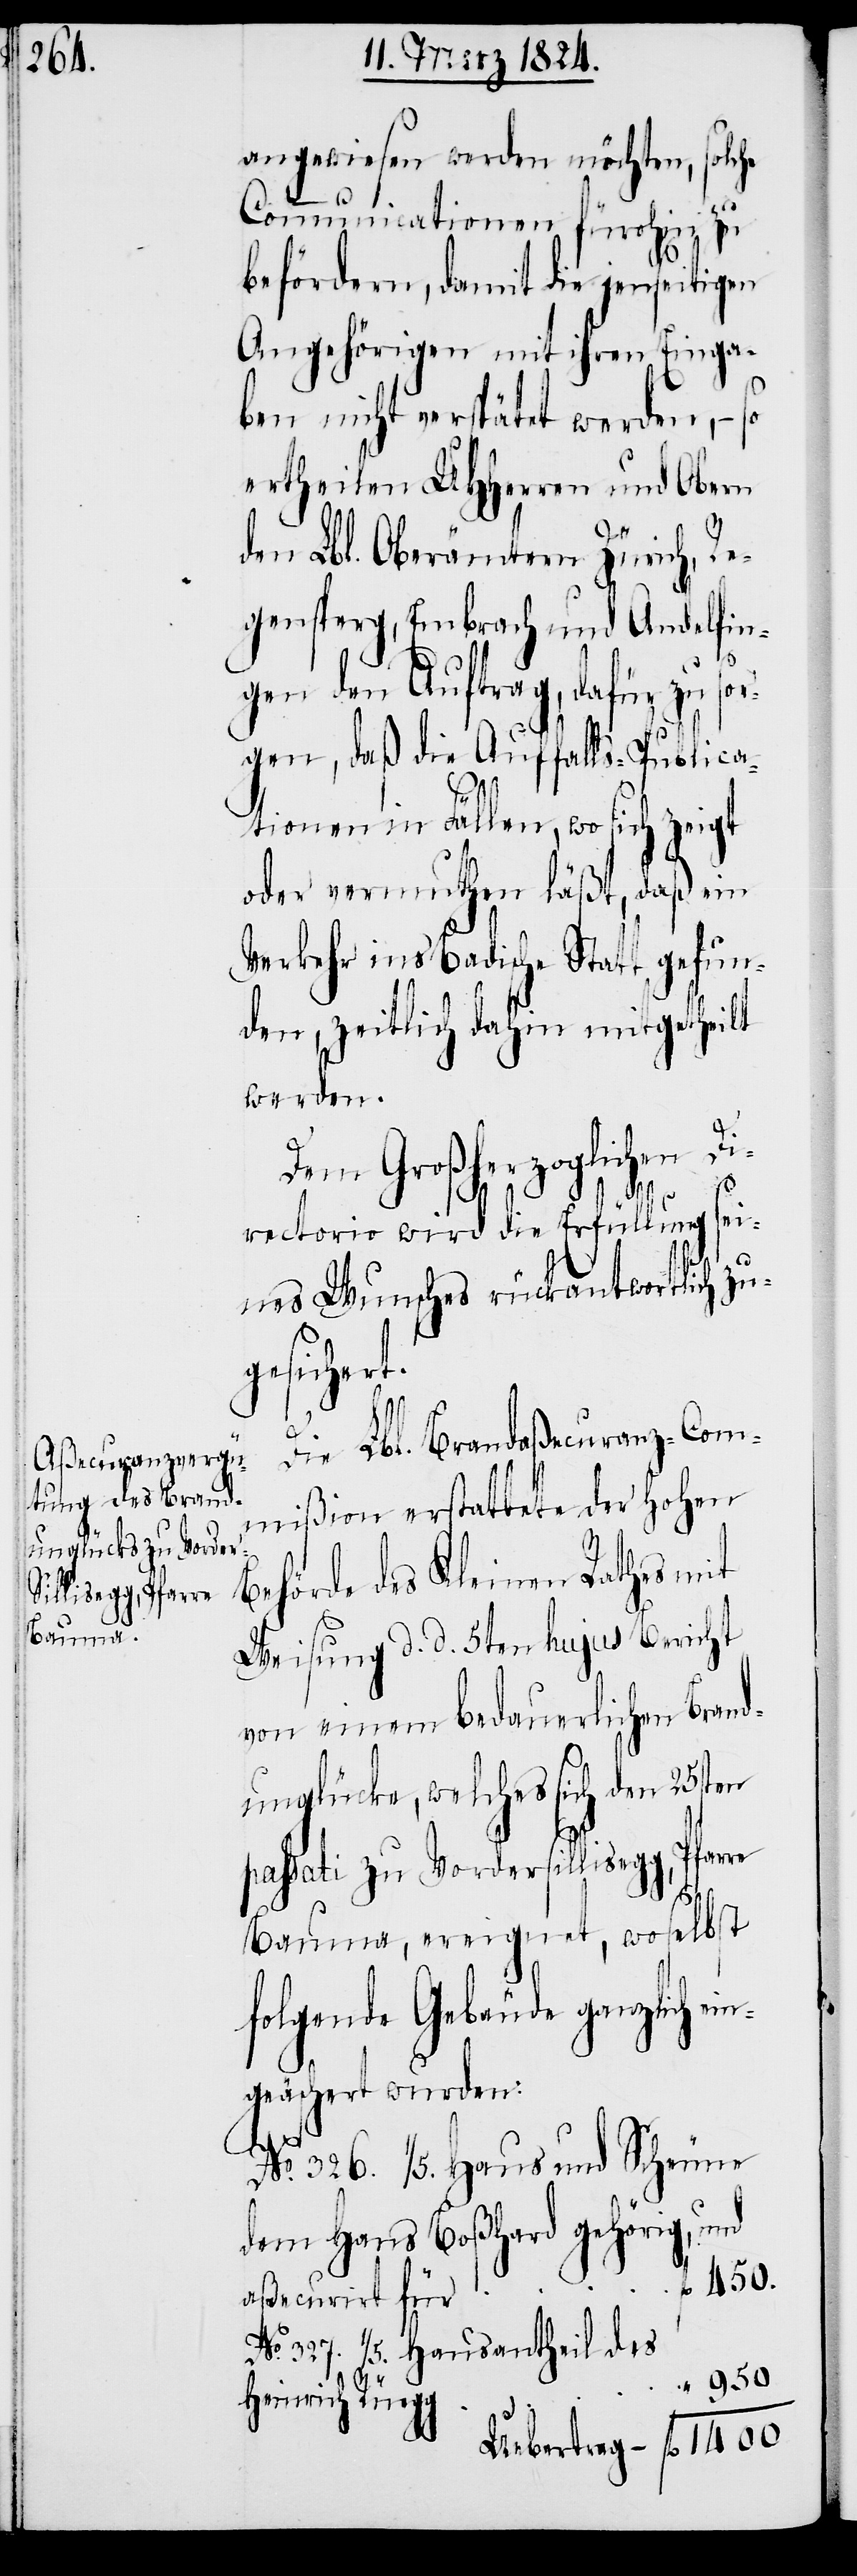
angewiesen werden möchten,
lche
so¬
Communicationen fürohin zu
befördern, damit die jenseitigen
Angehörigen mit ihren Einga¬
ben nicht verspätet werden, – so
ertheilen UHHerren und Obern
den Lbl. Oberämtern Zürich, Re¬
gensperg, Embrach und Andelfin¬
gen den Auftrag, dafür zu so¬
rgen, daß die Auffalls-Publica¬
tionen in Fällen, wo sich zeigt
oder vermuthen läßt, daß ein
Verkehr ins Badische Statt gefun¬
den, zeitlich dahin mitgetheilt
werden.
Dem Großherzoglichen Di¬
rectorio wird die Erfüllung sei¬
zu¬
nes Wunsches rückantwortlich
gesichert.
Die Lbl. Brandaßecuranz-Com¬
mißion erstattete der hohen
Behörde des Kleinen Rathes mit
Weisung d. d. 5ten hujus Bericht
von einem bedauerlichen Brand¬
unglücke, welches sich den 25sten
passati zu Vordersillisegg, Pfarre
Bauma, ereignet, woselbst
folgende Gebäude ganzlich ei¬
ngeäschert wurden:
No. 326. 1/5. Haus und Scheune
dem Haus Boßhard gehörig, und
450.
aßecurirt für
No. 327. 1/5. Hausantheil des
950.
Heinrich Rüegg